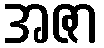
အဇာ